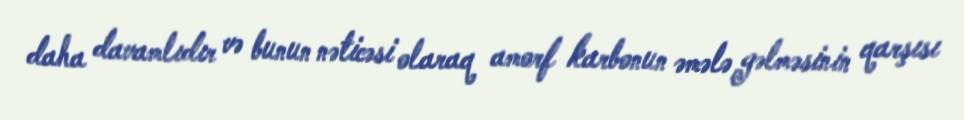
daha davamlıdır və bunun nəticəsi olaraq amorf karbonun əmələ gəlməsinin qarşısı